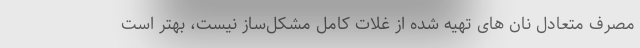
مصرف متعادل نان های تهیه شده از غلات کامل مشکل‌ساز نیست، بهتر است